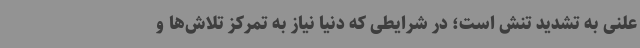
علنی به تشدید تنش است؛ در شرایطی که دنیا نیاز به تمرکز تلاش‌ها و